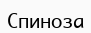
Спиноза